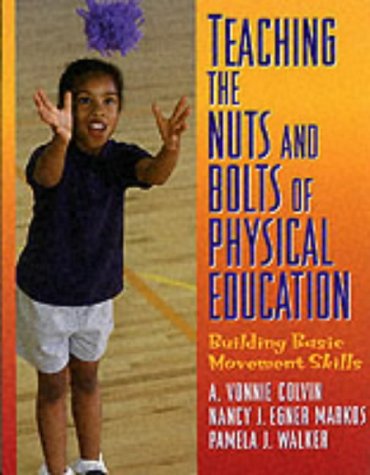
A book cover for Teaching the Nuts and Bolts of Physical Education: Building Basic Movement Skills; A. Vonnie Colvin; Sports & Outdoors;